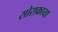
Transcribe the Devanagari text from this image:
सोराकाया